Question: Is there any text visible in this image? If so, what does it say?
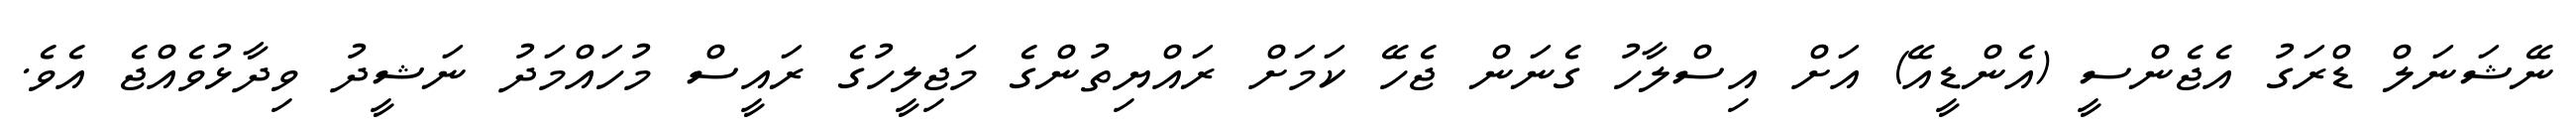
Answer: ނޭޝަނަލް ޑްރަގު އެޖެންސީ (އެންޑީއޭ) އަށް އިސްލާހު ގެނަން ޖެހޭ ކަމަށް ރައްޔިތުންގެ މަޖިލީހުގެ ރައީސް މުހައްމަދު ނަޝީދު ވިދާޅުވެއްޖެ އެވެ.